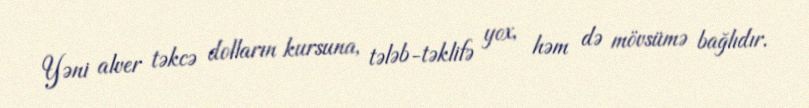
Yəni alver təkcə dolların kursuna, tələb-təklifə yox, həm də mövsümə bağlıdır.